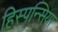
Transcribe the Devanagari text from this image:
हिस्पन्सिया